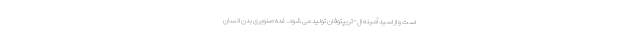
است و از اسید آمینه ال-تریپتوفان تولید می شود. غده صنوبری بدن انسان